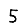
Digit: 5